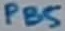
Text: PB5